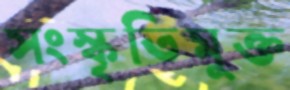
সংস্কৃতিমুক্ত